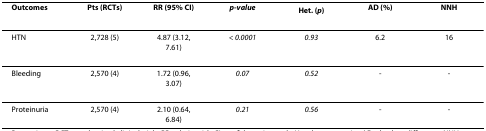
| Outcomes | Pts (RCTs) | RR (95% CI) | p-value | Het. (p) | AD (%) | NNH |
 | --- | --- | --- | --- | --- | --- | --- |
 | HTN | 2,728 (5) | 4.87 (3.12, 7.61) | < 0.0001 | 0.93 | 6.2 | 16 |
 | Bleeding | 2,570 (4) | 1.72 (0.96, 3.07) | 0.07 | 0.52 | - | - |
 | Proteinuria | 2,570 (4) | 2.10 (0.64, 6.84) | 0.21 | 0.56 | - | - |